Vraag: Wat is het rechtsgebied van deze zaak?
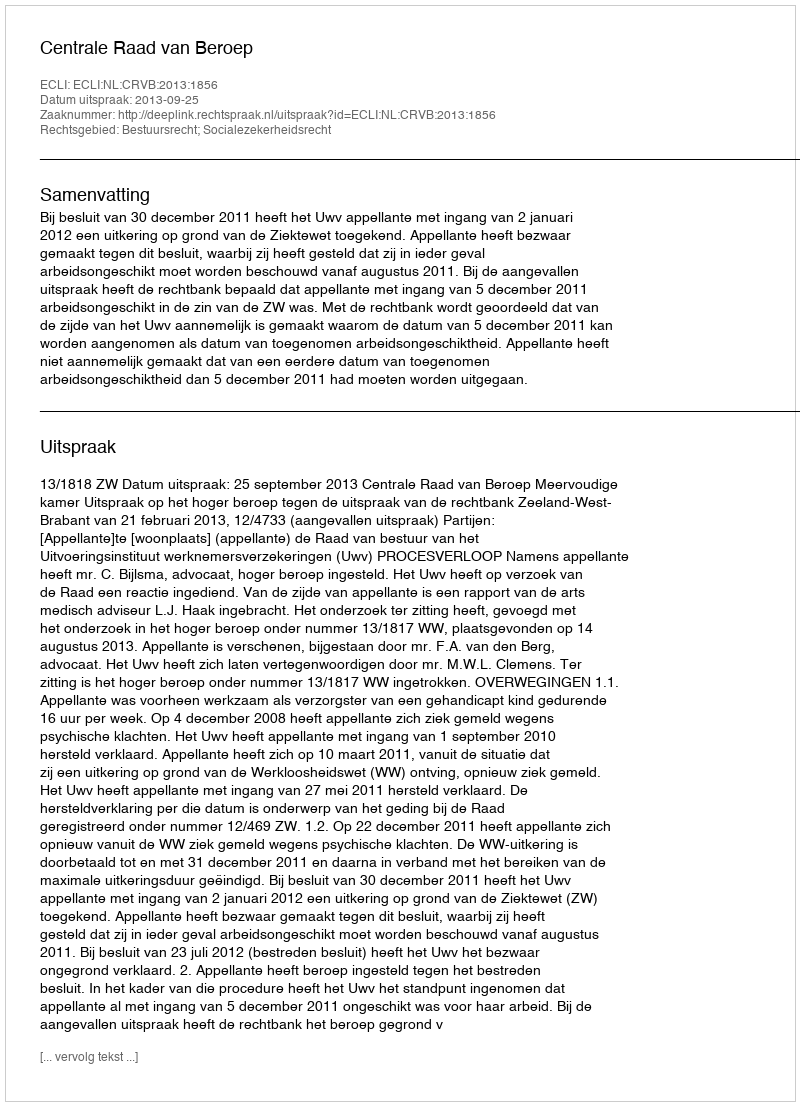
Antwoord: Bestuursrecht; Socialezekerheidsrecht